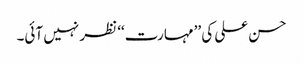
حسن علی کی ’’مہارت‘‘ نظر نہیں آئی۔